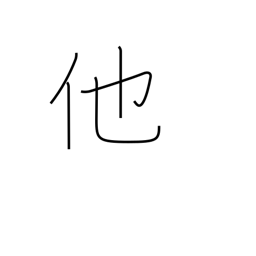
Meaning: other